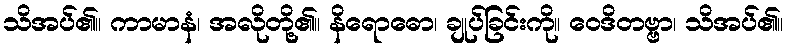
သိအပ်၏။ ကာမာနံ၊ အလိုတို့၏။ နိရောဓော၊ ချုပ်ခြင်းကို။ ဝေဒိတဗ္ဗာ၊ သိအပ်၏။